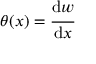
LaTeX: \theta ( x ) = { \cfrac { \mathrm { d } w } { \mathrm { d } x } }